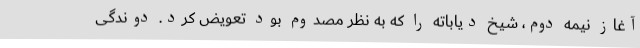
آغاز نیمه دوم، شیخ دیاباته را که به نظر مصدوم بود تعویض کرد. دوندگی